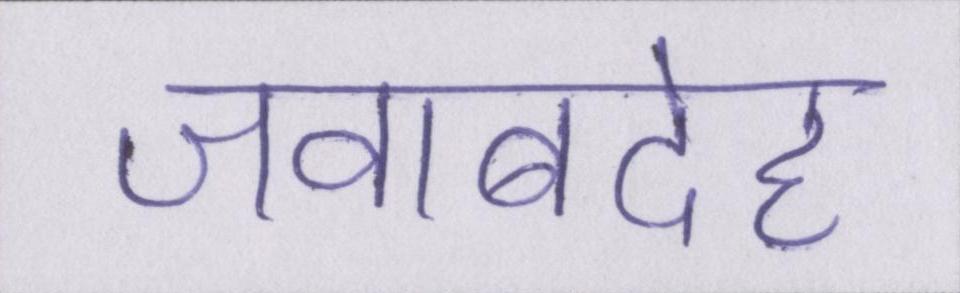
जवाबदेह